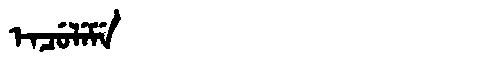
Manchu: ᡝᠨᠴᡠᠯᡝᠮᡝ
Romanization: ENCULEME